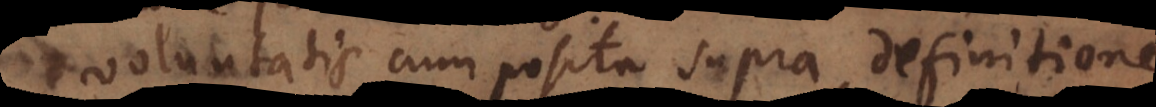
Voluntatis cum posita supra definitione